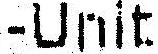
-UNIT